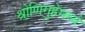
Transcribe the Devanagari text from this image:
श्रोणिगुहेमध्ये